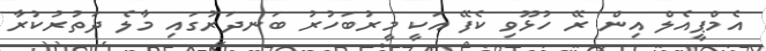
އެމްޕީއެލް އިން ރޭ ހުޅޫވި ކެފޭ އަކީ މީރުބަހުރު ބަނދަރުގައި މާލެ ދަތުރުކުރާ